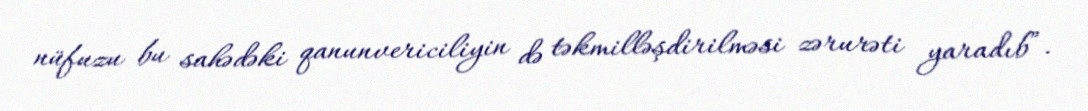
nüfuzu bu sahədəki qanunvericiliyin də təkmilləşdirilməsi zərurəti yaradıb”.